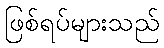
ဖြစ်ရပ်များသည်